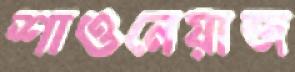
শাওনেয়াজ